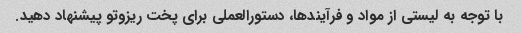
با توجه به لیستی از مواد و فرآیندها، دستورالعملی برای پخت ریزوتو پیشنهاد دهید.